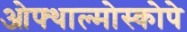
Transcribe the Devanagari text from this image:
ओफ्थाल्मोस्कोपे